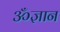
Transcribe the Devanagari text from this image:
ॐज्ञान